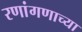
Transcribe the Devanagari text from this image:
रणांगणाच्या